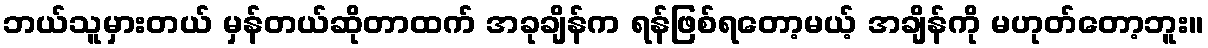
ဘယ်သူမှားတယ် မှန်တယ်ဆိုတာထက် အခုချိန်က ရန်ဖြစ်ရတော့မယ့် အချိန်ကို မဟုတ်တော့ဘူး။